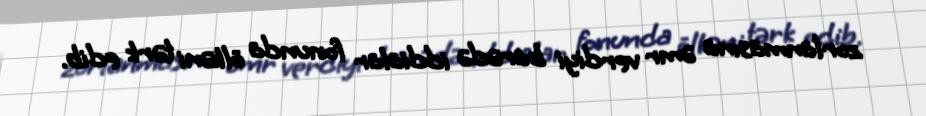
zorlanmasına əmr verdiyi barədə iddialar fonunda ölkəni tərk edib.